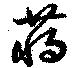
蔣